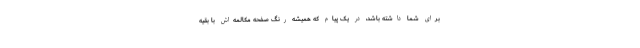
برای شما داشته باشد، در یک پیام که همیشه رنگ صفحه مکالمه‌اش با بقیه